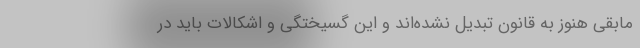
مابقی هنوز به قانون تبدیل نشده‌اند و این گسیختگی و اشکالات باید در